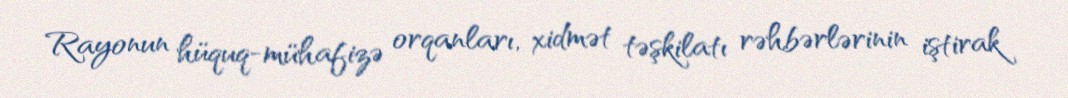
Rayonun hüquq-mühafizə orqanları, xidmət təşkilatı rəhbərlərinin iştirak